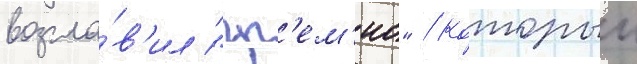
возгла́в'ил "гр'ем'ио" / которыи